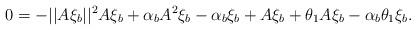
LaTeX: \begin{align*}0&=-||A\xi_b||^2A\xi_b+\alpha_bA^2\xi_b-\alpha_b\xi_b+A\xi_b+\theta_1A\xi_b-\alpha_b\theta_1\xi_b.\end{align*}